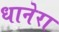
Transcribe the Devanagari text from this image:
धानेरा